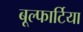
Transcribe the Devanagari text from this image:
बूल्फार्टिया